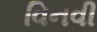
વિનવી